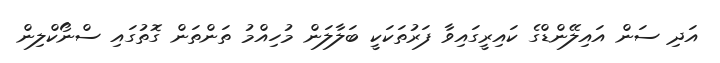
އަދި ސަން އައިލޭންޑްގެ ކައިރީގައިވާ ފަރުތަކަކީ ބަލާލަން މުހިއްމު ތަންތަން ގޮތުގައި ސްނޯކްލިން